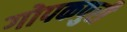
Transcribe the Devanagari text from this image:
गोपकपुरी